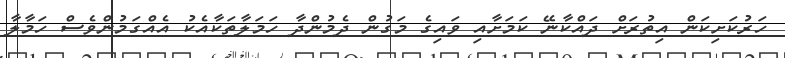
ހަރުކަށިކަން އިތުރަށް ދައްކާނޭ ކަމަށާއި ވައިގެ މަގުން ދެމުންދާ ހަމަލާތަކާއެކު އެއްގަމުންވެސް ހަމާލާ